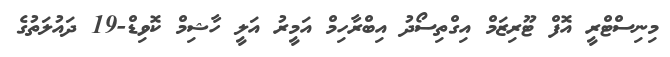
މިނިސްޓްރީ އޮފް ޓޫރިޒަމް އިގްތިސޯދު އިބްރާހިމް އަމީރު އަލީ ހާޝިމް ކޮވިޑް-19 ދައުލަތުގެ